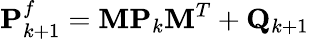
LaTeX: \mathbf{P}_{k+1}^{f}=\mathbf{M}\mathbf{P}_{k}\mathbf{M}^{T}+\mathbf{Q}_{k+1}